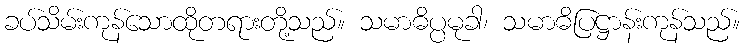
ခပ်သိမ်းကုန်သောထိုတရားတို့သည်။ သမာဓိပ္ပမုခါ၊ သမာဓိပြဋ္ဌာန်းကုန်သည်။